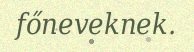
főneveknek.